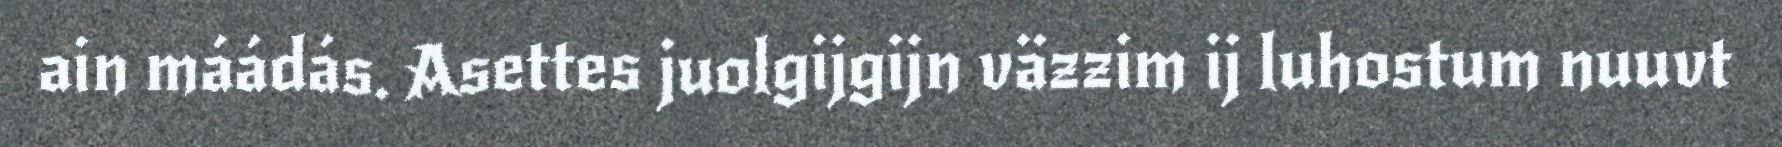
ain máádás. Asettes juolgijgijn väzzim ij luhostum nuuvt